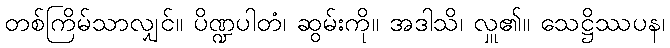
တစ်ကြိမ်သာလျှင်။ ပိဏ္ဍပါတံ၊ ဆွမ်းကို။ အဒါသိ၊ လှူ၏။ သေဋ္ဌိဿပန၊